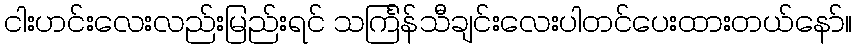
ငါးဟင်းလေးလည်းမြည်းရင် သင်္ကြန်သီချင်းလေးပါတင်ပေးထားတယ်နော်။